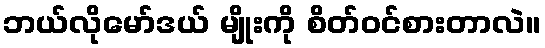
ဘယ်လိုမော်ဒယ် မျိုးကို စိတ်ဝင်စားတာလဲ။